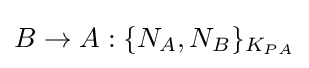
B\rightarrow A:\{N_{A},N_{B}\}_{K_{PA}}